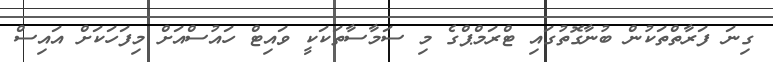
ގިނަ ފަރާތްތަކުން ބުނާގޮތުގައި ޓްރަމްޕްގެ މި ސަމާސާތަކަކީ ވައިޓް ހައުސްއަށް މިފަހަކަށް އައިސް